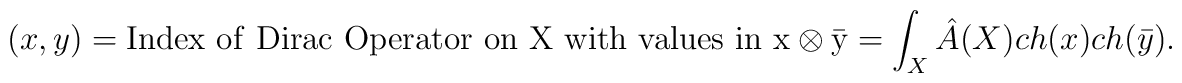
(x,y) = {\rm Index \ of \ Dirac \ Operator \ on \ X \ with \ values \ in \ x \otimes \bar{y}}\\= \int_X \hat{A}(X) ch(x) ch(\bar{y}).